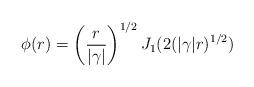
LaTeX: \begin{align*}\phi(r) = \left(\frac{r}{|\gamma|}\right)^{1/2}J_1(2(|\gamma|r)^{1/2}) \end{align*}